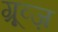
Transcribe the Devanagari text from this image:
ग्रूव्ज़